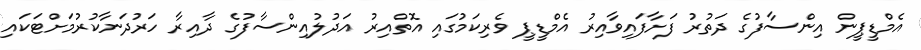
އެމްޑީޕީން އިންސާފުގެ ދަތުރު ފަށާފައިވާއިރު އެމްޑީޕީ ވެރިކަމުގައި އޮތްއިރު އަދުލުއިންސާފުގެ ދާއިރާ ހަރުދަނާކުރުމަށްޓަކައި